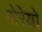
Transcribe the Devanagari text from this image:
गोरेयो